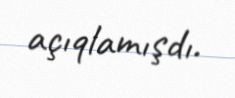
açıqlamışdı.